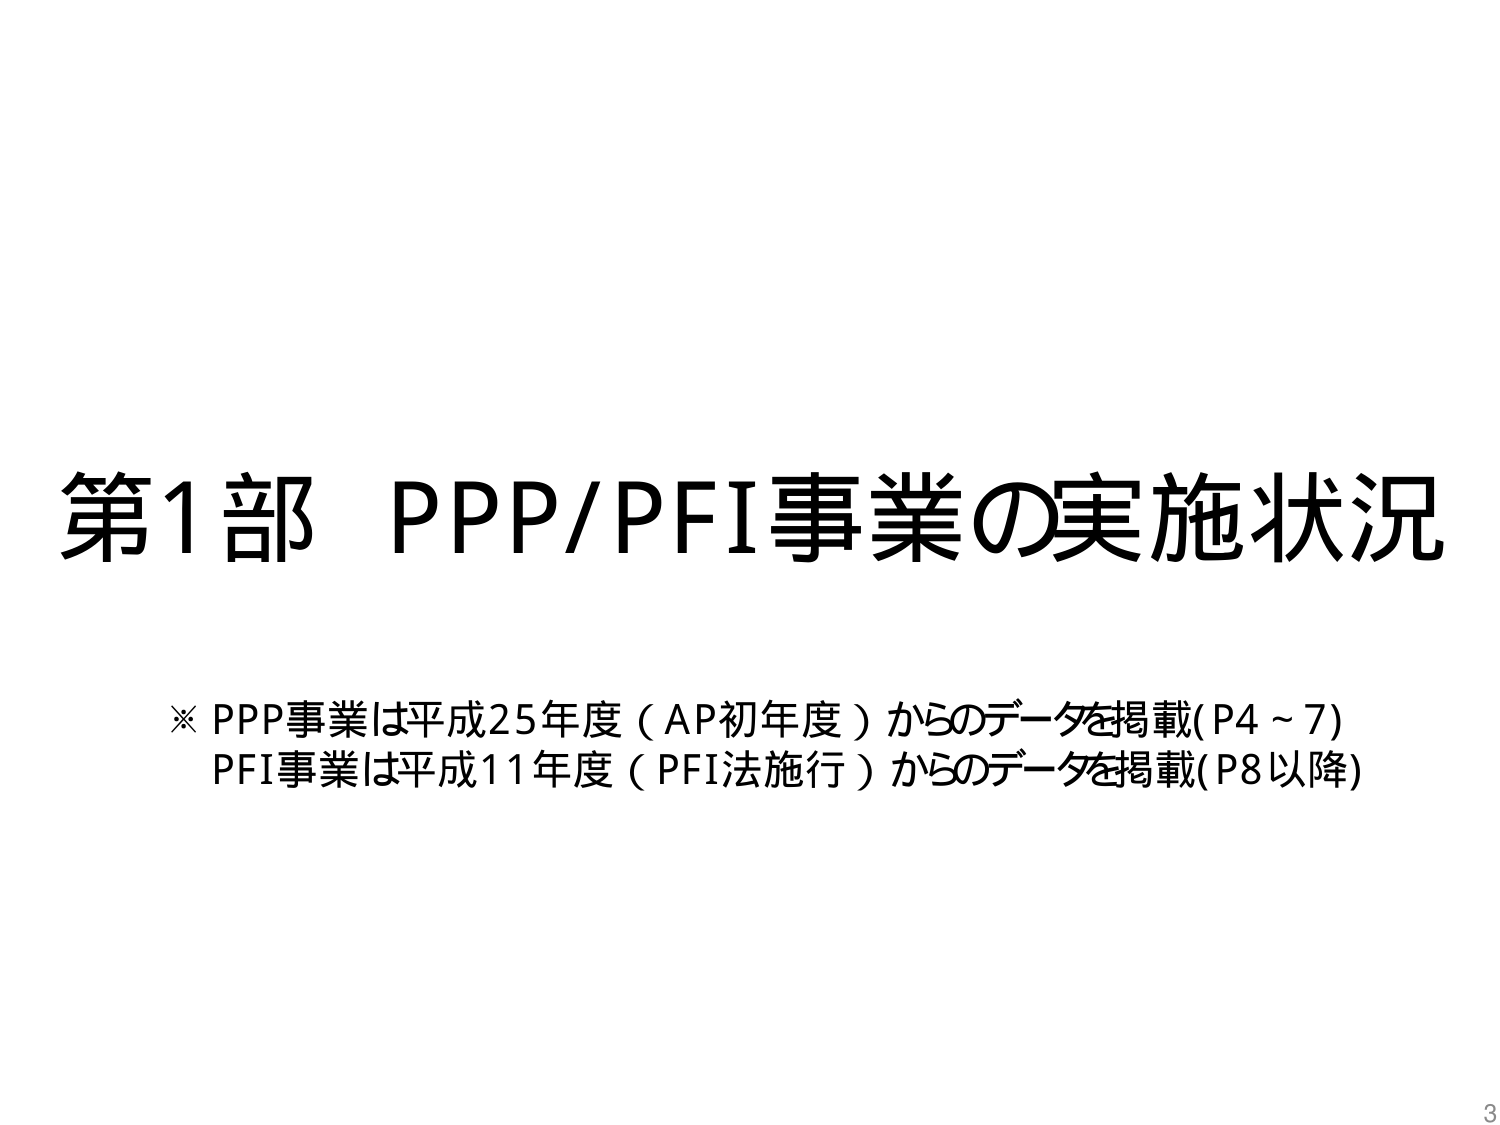
第1部 PPP/PFI事業の実施状況

※ PPP事業は平成25年度（AP初年度）からのデータを掲載(P4～7)
PFI事業は平成11年度（PFI法施行）からのデータを掲載(P8以降)

3